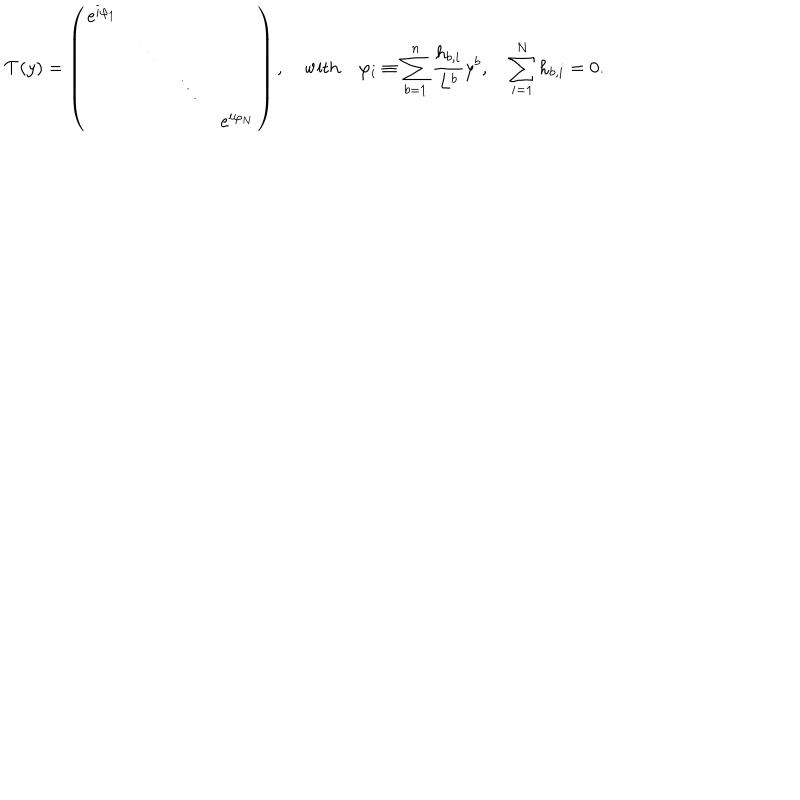
{ \cal T } ( y ) = \left( \begin{array} { c c c c } { { \mathrm { e } ^ { i \varphi _ { 1 } } } } & { { } } & { { } } & { { } } \\ { { } } & { { \ddots } } & { { } } & { { } } \\ { { } } & { { } } & { { \ddots } } & { { } } \\ { { } } & { { } } & { { } } & { { \mathrm { e } ^ { i \varphi _ { N } } } } \\ \end{array} \right) , \quad \mathrm { w i t h } \quad \varphi _ { i } \equiv \sum _ { b = 1 } ^ { n } { \frac { h _ { b , i } } { L ^ { b } } } y ^ { b } , \quad \sum _ { i = 1 } ^ { N } h _ { b , i } = 0 .